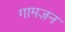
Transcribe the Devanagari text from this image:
गामज़न